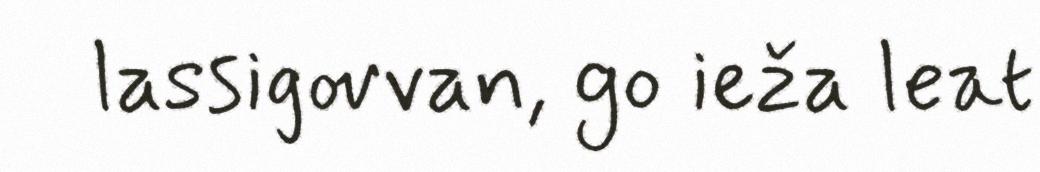
lassigovvan, go ieža leat